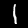
Digit: 1